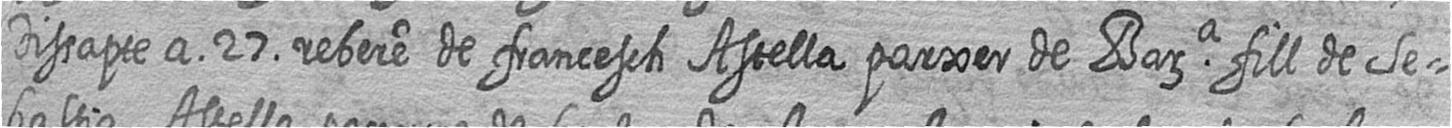
Dissapte a 27 rebere de francesch Astella parxer de Bara fill de Se=